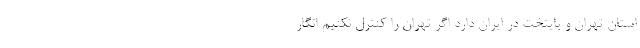
استان تهران و پایتخت در ایران دارد اگر تهران را کنترل نکنیم انگار